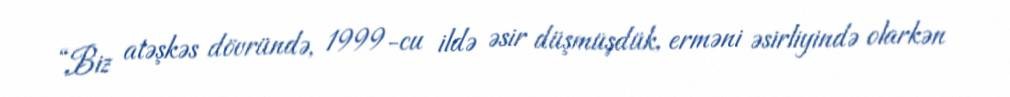
“Biz atəşkəs dövründə, 1999-cu ildə əsir düşmüşdük, erməni əsirliyində olarkən